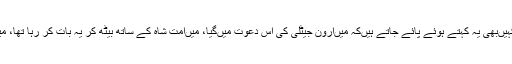
اسی لیے بڑے صحافی آج کل کھلے عام کہیںبھی یہ کہتے ہوئے پائے جاتے ہیںکہ میںارون جیٹلی کی اس دعوت میںگیا، میںامت شاہ کے ساتھ بیٹھ کر یہ بات کر رہا تھا، میں نے مودی جی کے ساتھ ایسی سیلفی لی۔